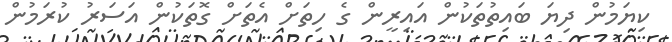
ކިޔަމުން ދިޔަ ބައިތުތަކުން އައިރީން ގެ ހިތަށް އެތަށް ގޮތަކުން އަސަރު ކުރަމުން